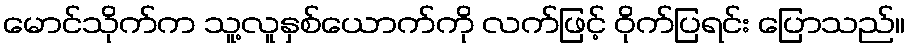
မောင်သိုက်က သူ့လူနှစ်ယောက်ကို လက်ဖြင့် ဝိုက်ပြရင်း ပြောသည်။